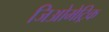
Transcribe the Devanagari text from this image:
जिओमेट्रिक